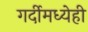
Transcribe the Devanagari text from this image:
गर्दीमध्येही